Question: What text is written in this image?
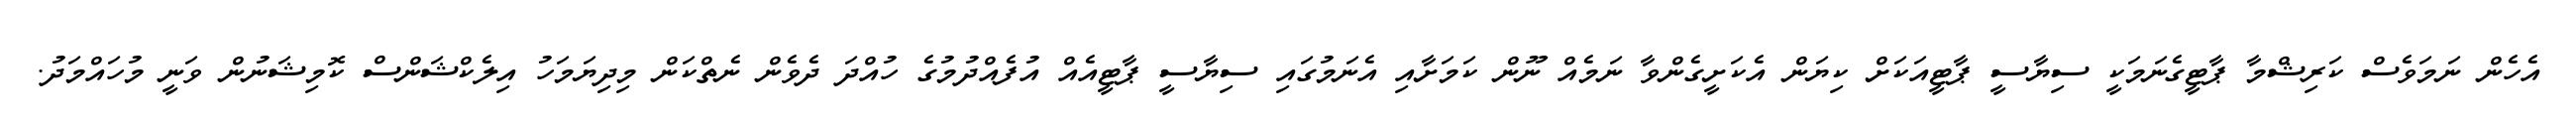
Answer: އެހެން ނަމަވެސް ކަރިޝްމާ ޕާޓީގެނަމަކީ ސިޔާސީ ޕާޓީއަކަށް ކިޔަން އެކަށީގެންވާ ނަމެއް ނޫން ކަމަށާއި އެނަމުގައި ސިޔާސީ ޕާޓީއެއް އުފެއްދުމުގެ ހުއްދަ ދެވެން ނެތްކަން މިދިޔަމަހު އިލެކްޝަންސް ކޮމިޝަނުން ވަނީ މުހައްމަދު.